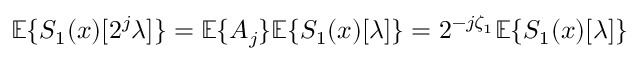
{ \mathbb E } \{ S _ { 1 } ( x ) [ 2 ^ { j } \lambda ] \} = { \mathbb E } \{ A _ { j } \} { \mathbb E } \{ S _ { 1 } ( x ) [ \lambda ] \} = 2 ^ { - j \zeta _ { 1 } } { \mathbb E } \{ S _ { 1 } ( x ) [ \lambda ] \}